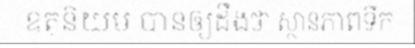
ឧតុនិយម បានឲ្យដឹងថា ស្ថានភាពទឹក